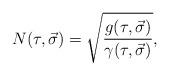
LaTeX: \begin{align*}N(\tau,\vec{\sigma})=\sqrt{\frac{g(\tau,\vec{\sigma})}{\gamma(\tau,\vec{\sigma})}}, \end{align*}